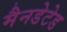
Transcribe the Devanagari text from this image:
मैनडेटेड